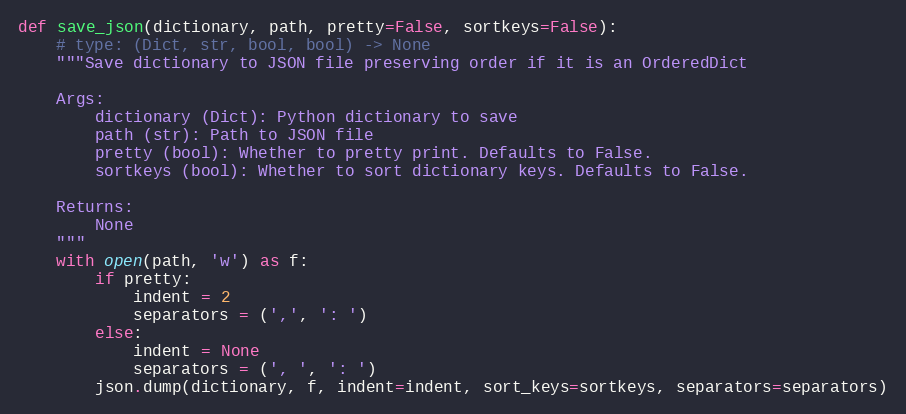
Language: Python
def save_json(dictionary, path, pretty=False, sortkeys=False):
    # type: (Dict, str, bool, bool) -> None
    """Save dictionary to JSON file preserving order if it is an OrderedDict

    Args:
        dictionary (Dict): Python dictionary to save
        path (str): Path to JSON file
        pretty (bool): Whether to pretty print. Defaults to False.
        sortkeys (bool): Whether to sort dictionary keys. Defaults to False.

    Returns:
        None
    """
    with open(path, 'w') as f:
        if pretty:
            indent = 2
            separators = (',', ': ')
        else:
            indent = None
            separators = (', ', ': ')
        json.dump(dictionary, f, indent=indent, sort_keys=sortkeys, separators=separators)